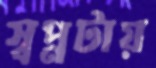
স্বপ্নটায়